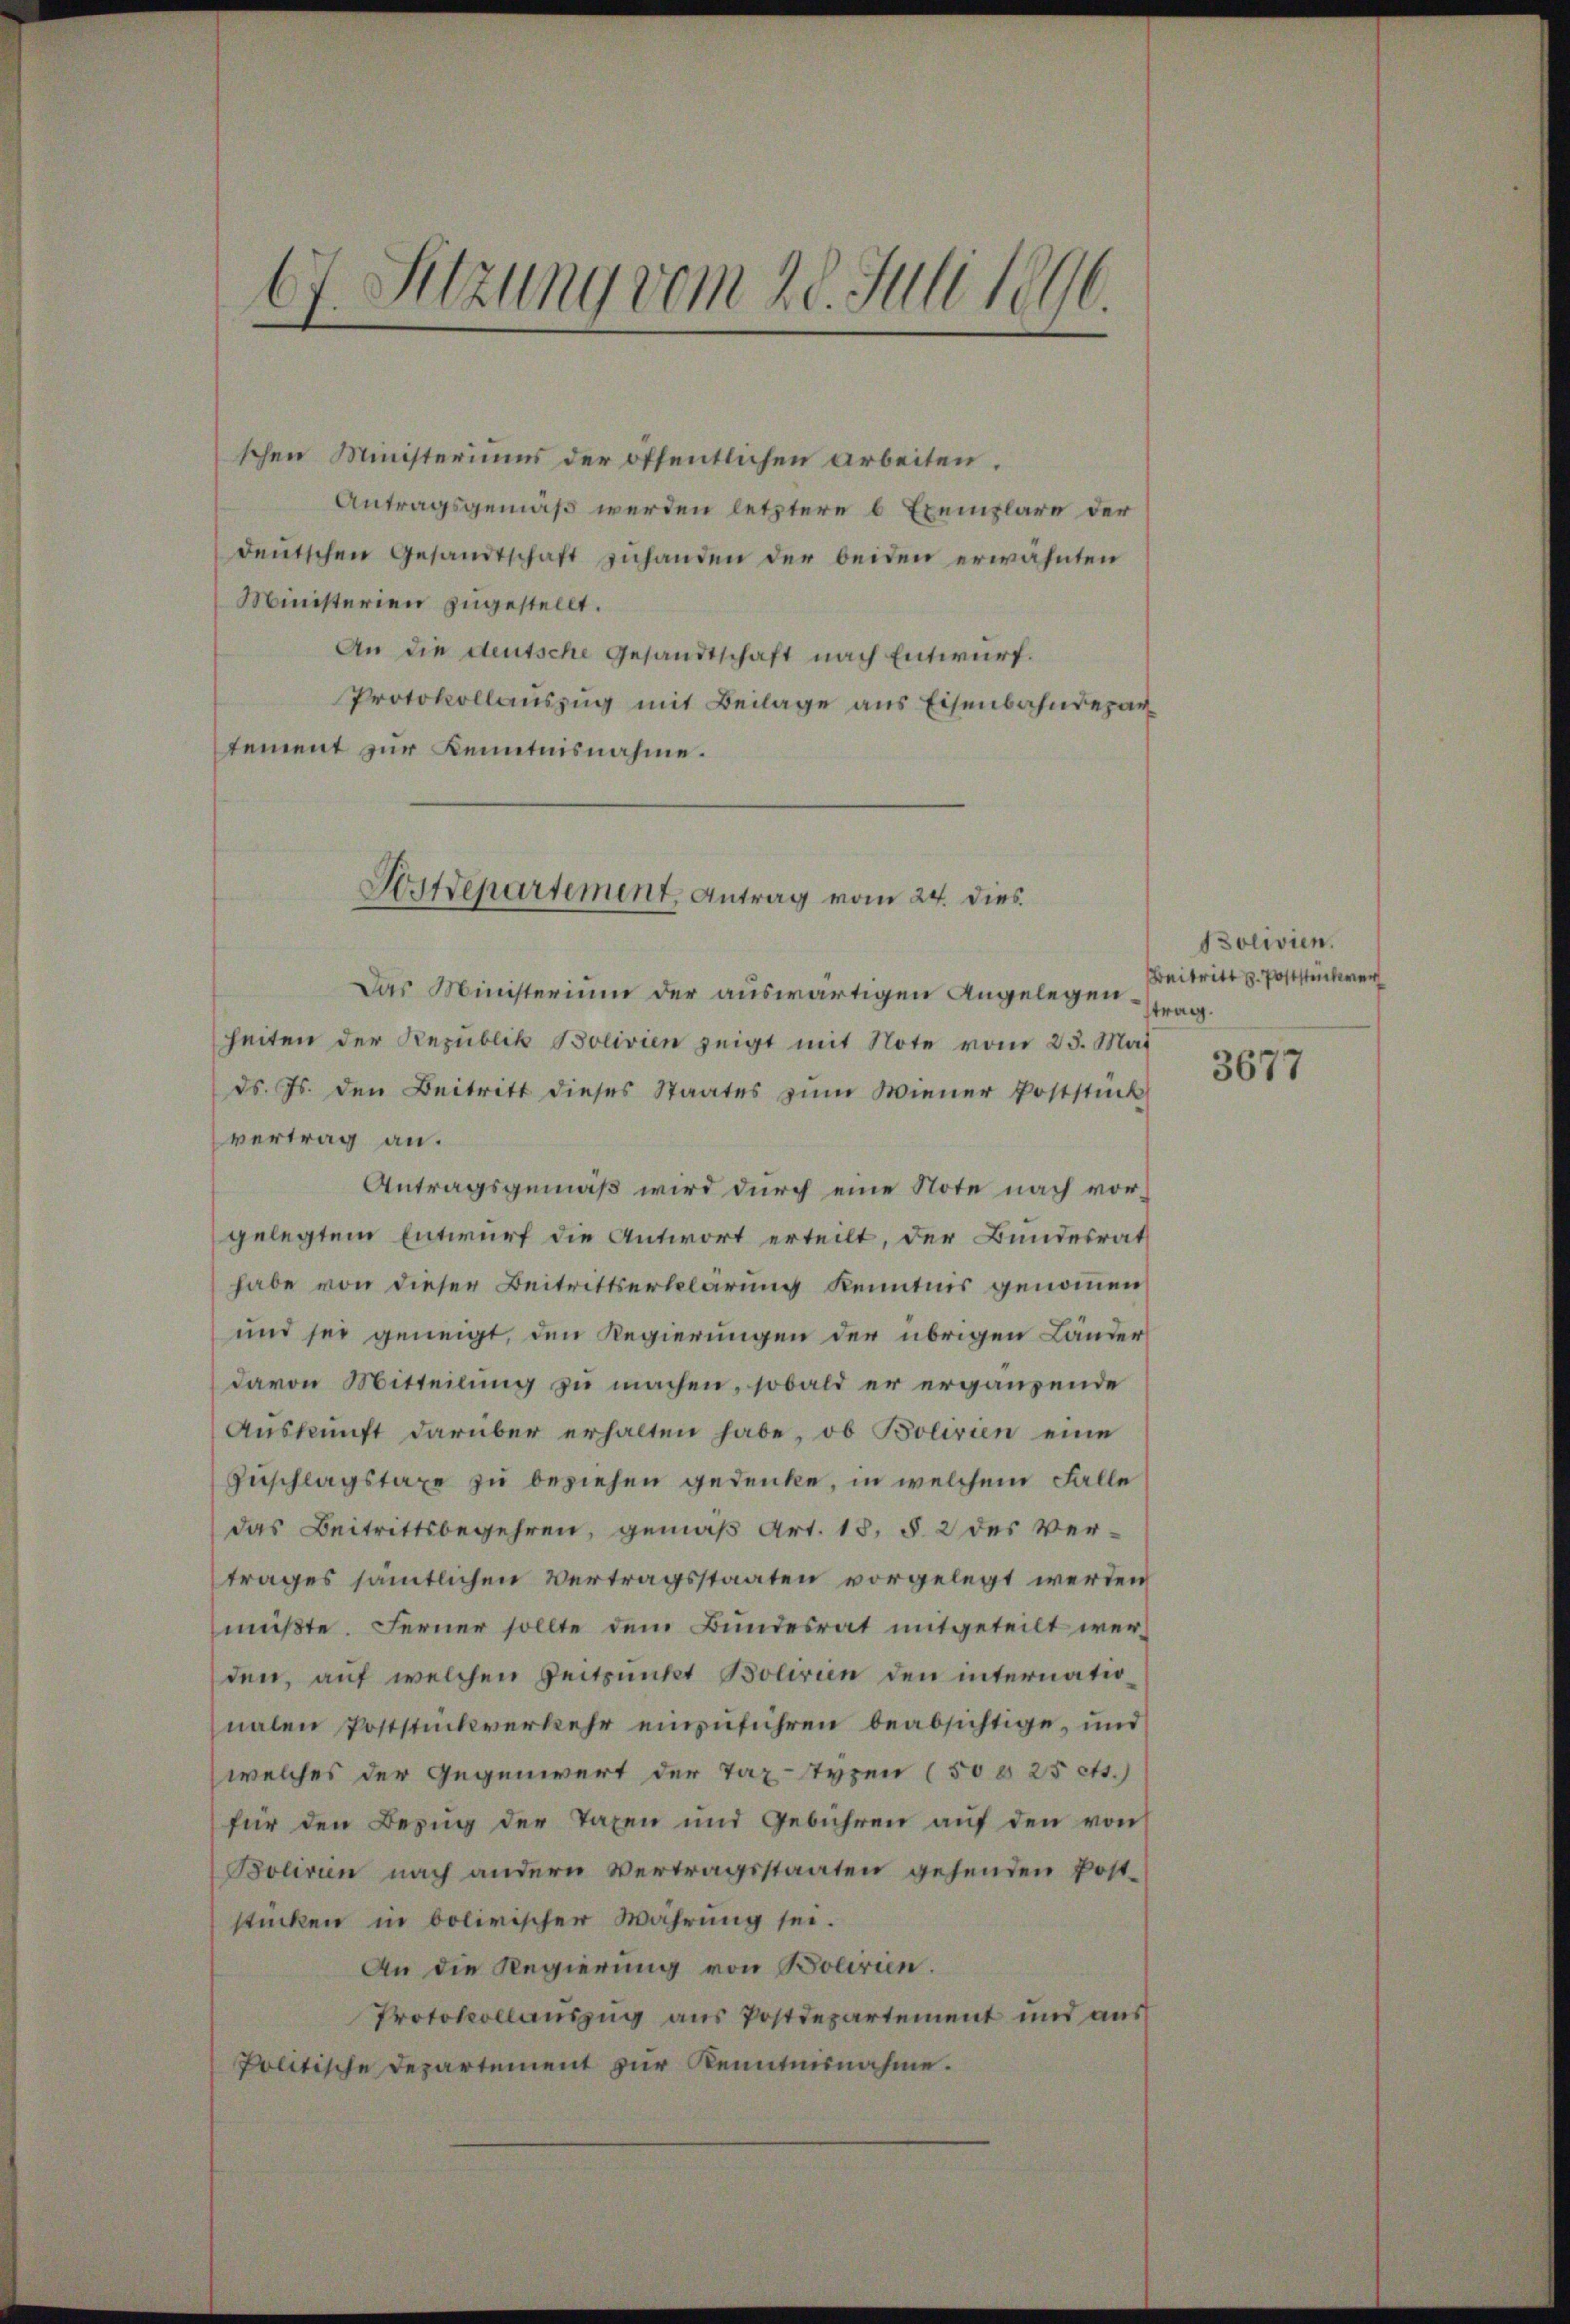
67. Sitzung vom 28. Juli 1890
—

schen Ministeriums der öffentlichen Arbeiten.
Antragsgemäß werden letztere 6 Exemplare der
deŭtschen Gesandtschaft zŭhanden der beiden erwähnten
Ministerien zugestellt.
An die deutsche Gesandtschaft nach Entwurf.
Protokollauszug mit Beilage aus Eisenbahndepartement zur Kenntnisnahme.
Das Ministerium der auswärtigen Angelegenheiten der Republik Bolivien zeigt mit Note vom 23. Mai
ds. Js. den Beitritt dieses Staates zŭm Wiener Poststück
vertrag an.
Antragsgemäß wird durch eine Note nach vorgelegtem Entwurf die Antwort erteilt, der Bundesrat
habe von dieser Beitrittserklärung kenntnis genommen
und sei geneigt, den Regierungen der übrigen Länder
davon Mitteilung zu machen, sobald er ergänzende
Aŭskŭnft darüber erhalten habe, ob Bolivien eine
Zuschlagstaxe zu beziehen gedenke, in welchem Falle
das Beitrittsbegehren, gemäß Art. 15, § 2 des Vertrages sämmtlichen Vertragsstaaten vorgelegt werden
müßte. Ferner sollte dem Bundesrat mitgeteilt werden, auf welchen Zeitsnicht Bolivien den internationalen Poststückverkehr einzuführen beabsichtige, und
welches der Gegenwert der Tax-Typen (50 § 25 cts.)
für den Bezug der Taxen und Gebühren aŭf den von
Boliven nach andern Vertragsstaaten gehenden Poststücken in bolivischer Währung sei.
An die Regierung von Bolirien.
Protokollauszug aus Postdepartement und aus
Politische Departement zur Kenntnisnahme.

Kstdepartement, Antrag vom 24. dies

Bolivien.
Beitritt z. Poststückwer
trag.

3677